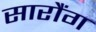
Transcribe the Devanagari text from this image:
सारौंग